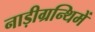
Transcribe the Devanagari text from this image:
नाड़ीग्रन्थिमें